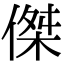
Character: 傑